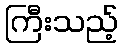
ကြီးသည့်